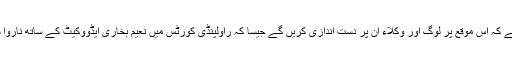
ورنہ خدشہ ہے کہ اس موقع پر لوگ اور وکلاء ان پر دست اندازی کریں گے جیسا کہ راولپنڈی کورٹس میں نعیم بخاری ایڈووکیٹ کے ساتھ ناروا سلوک کیا گیا۔